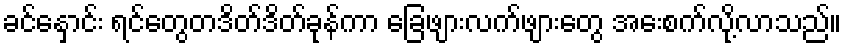
ခင်နှောင်း ရင်တွေတဒိတ်ဒိတ်ခုန်ကာ ခြေဖျားလက်ဖျားတွေ အေးစက်လို့လာသည်။